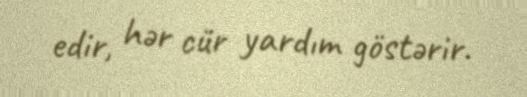
edir, hər cür yardım göstərir.